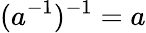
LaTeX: (a^{-1})^{-1}=a